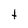
Character: t